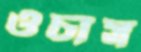
ওচাস